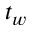
t _ { w }